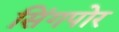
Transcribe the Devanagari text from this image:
सिंगपोर